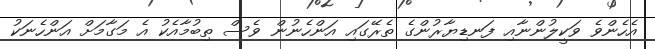
އެހެންވެ ވަކީލުންނާއި ފަނޑިޔާރުންގެ ތެރޭގައި އަންހެނުން ވެސް ތިބުމާއެކު އެ މަގާމަށް އަންހެނަކު